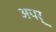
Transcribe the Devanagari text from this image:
अपर्